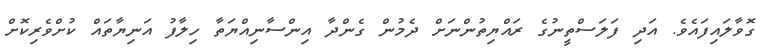
ގޮވާލައިފައެވެ. އަދި ފަލަސްތީނުގެ ރައްޔިތުންނަށް ދެމުން ގެންދާ އިންސާނިއްޔަތާ ހިލާފު އަނިޔާތައް ކުށްވެރިކޮށް